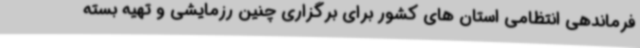
فرماندهی انتظامی استان های کشور برای برگزاری چنین رزمایشی و تهیه بسته